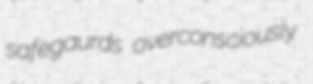
safegaurds overconsciously